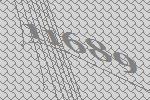
11689